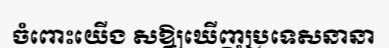
ចំពោះយើង សឱ្យឃើញប្រទេសនានា